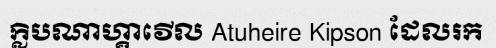
ក្លិបណាហ្គាវើល Atuheire Kipson ដែលរក